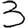
Digit: 3